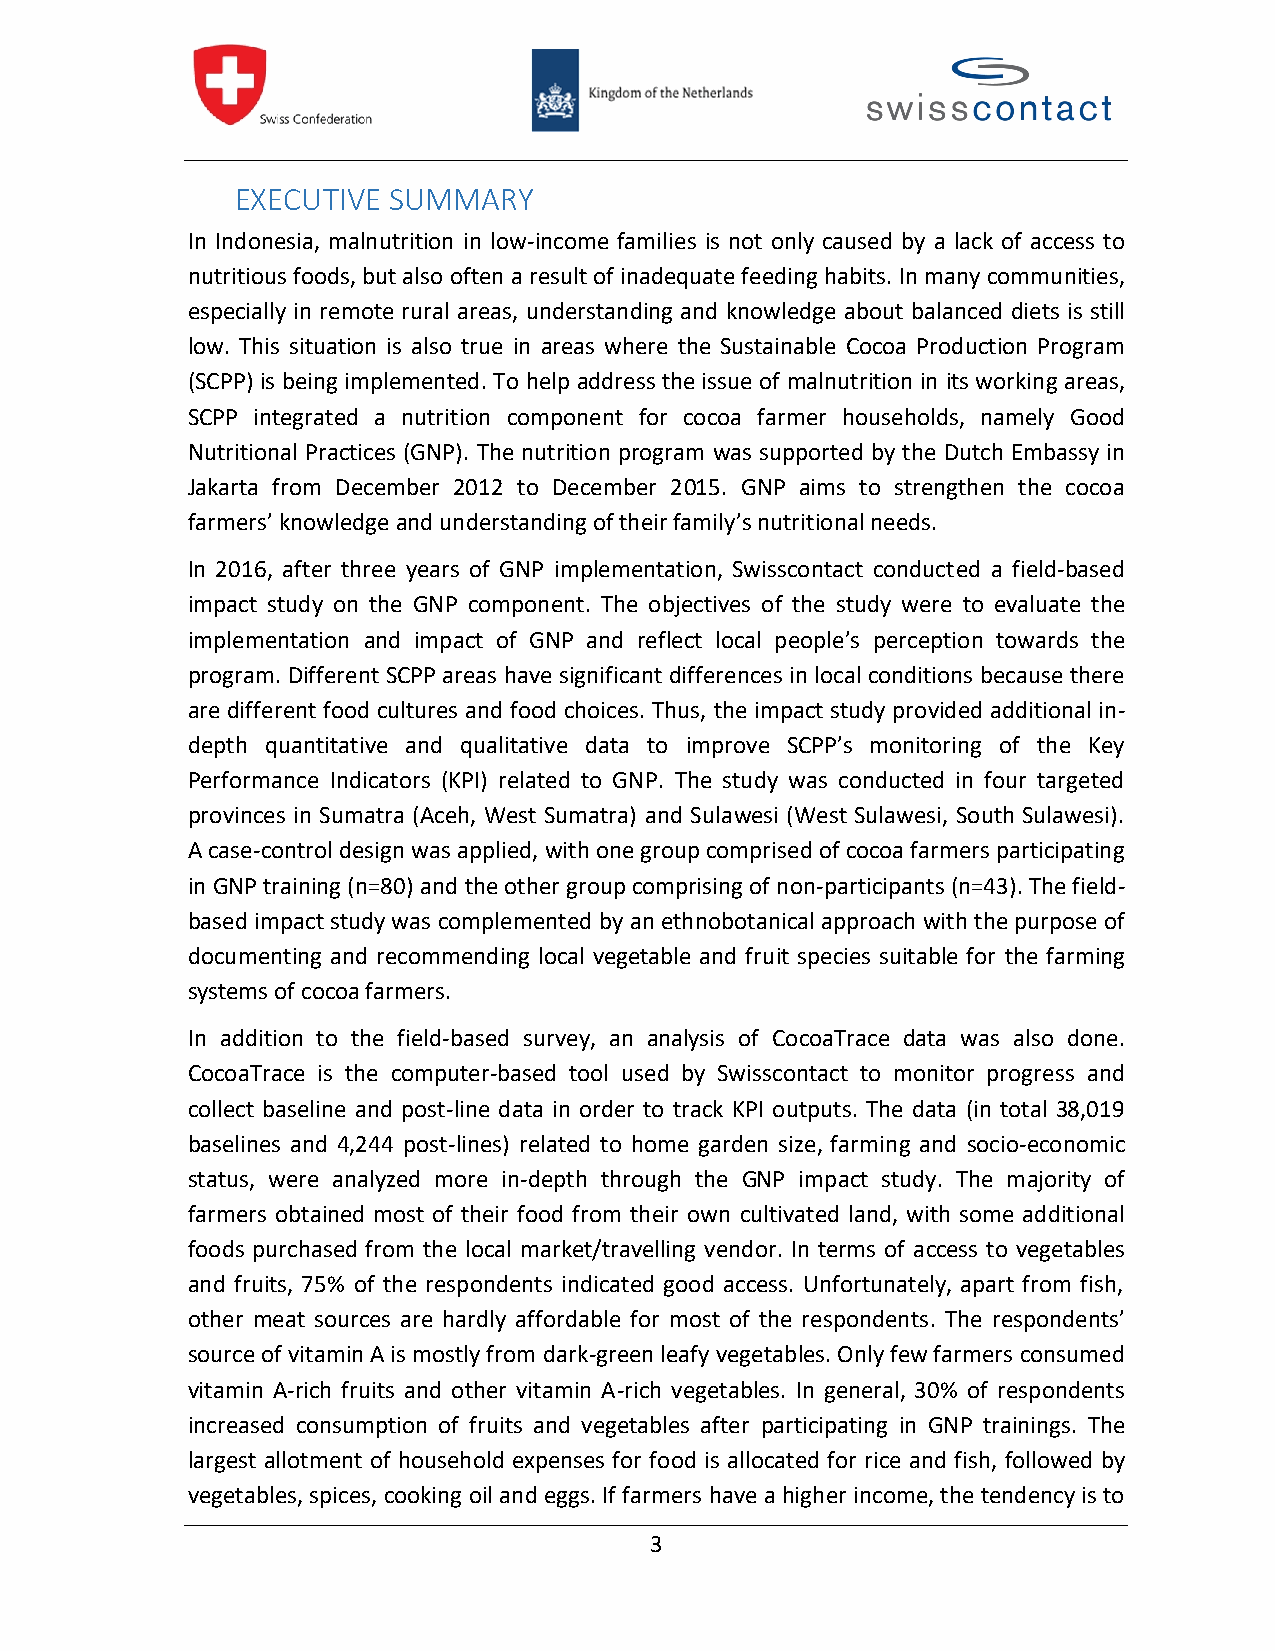
EXECUTIVE SUMMARY
 In Indonesia, malnutrition in low-income families is not only caused by a lack of access to
 nutritious foods,but also often a result of inadequate feeding habits. In many communities,
 especially in remote rural areas, understanding and knowledge about balanced diets is still
 low. This situation is also true in areas where the Sustainable Cocoa Production Program
 (SCPP) is being implemented. To help address the issue of malnutrition in its working areas,
 SCPP integrated a nutrition component for cocoa farmer households, namely Good
 Nutritional Practices (GNP). The nutrition program was supported by the Dutch Embassy in
 Jakarta from December 2012 to December 2015. GNP aims to strengthen the cocoa
 farmers’ knowledgeand understandingoftheirfamily’snutritional needs.
 In 2016, after three years of GNP implementation, Swisscontact conducted a field-based
 impact study on the GNP component. The objectives of the study were to evaluate the
 implementation and impact of GNP and reflect local people’s perception towards the
 program. Different SCPP areas have significant differences in local conditions because there
 are different food cultures and food choices. Thus, the impact study provided additional in-
 depth quantitative and qualitative data to improve SCPP’s monitoring of the Key
 Performance Indicators (KPI) related to GNP. The study was conducted in four targeted
 provinces in Sumatra (Aceh, West Sumatra) and Sulawesi (West Sulawesi, South Sulawesi).
 A case-control design was applied, withone group comprised of cocoa farmers participating
 in GNP training (n=80) and the other group comprising of non-participants (n=43). The field-
 based impact study was complemented byan ethnobotanical approach with the purpose of
 documenting and recommending local vegetable and fruit species suitable for the farming
 systems of cocoa farmers.
 In addition to the field-based survey, an analysis of CocoaTrace data was also done.
 CocoaTrace is the computer-based tool used by Swisscontact to monitor progress and
 collect baseline and post-line data in order to track KPI outputs. The data (in total 38,019
 baselines and 4,244 post-lines) related to home garden size, farming and socio-economic
 status, were analyzed more in-depth through the GNP impact study. The majority of
 farmers obtained most of their food from their own cultivated land, with some additional
 foods purchased from the local market/travelling vendor. In terms of access to vegetables
 and fruits, 75% of the respondents indicated good access. Unfortunately, apart from fish,
 other meat sources are hardly affordable for most of the respondents. The respondents’
 source of vitamin A is mostly from dark-green leafy vegetables. Only few farmers consumed
 vitamin A-rich fruits and other vitamin A-rich vegetables. In general, 30% of respondents
 increased consumption of fruits and vegetables after participating in GNP trainings. The
 largest allotment of household expenses for food is allocated for rice and fish, followed by
 vegetables, spices, cooking oil and eggs. If farmers have a higher income, the tendency is to
 3